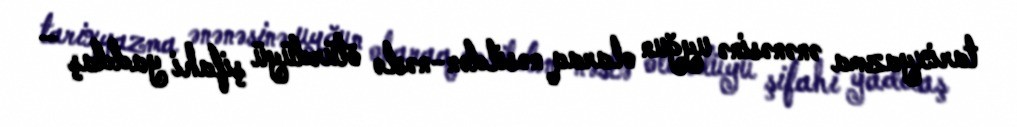
tarixyazma ənənəsinə uyğun olaraq nəsildən-nəslə ötürdüyü şifahi yaddaş –